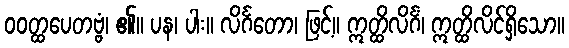
ဝဝတ္ထပေတဗ္ဗံ၊ ၏။ ပန၊ ပါး။ လိင်္ဂတော၊ ဖြင့်။ ဣတ္ထိလိင်္ဂံ၊ ဣတ္ထိလိင်ရှိသော။